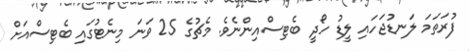
ފުރަތަމަ ލަނޑުޖަހައި ލީޑު ހޯދީ ބެޓިސްއިންނެވެ. މެޗުގެ 25 ވަނަ މިނެޓުގައި ބެޓިސްއަށް